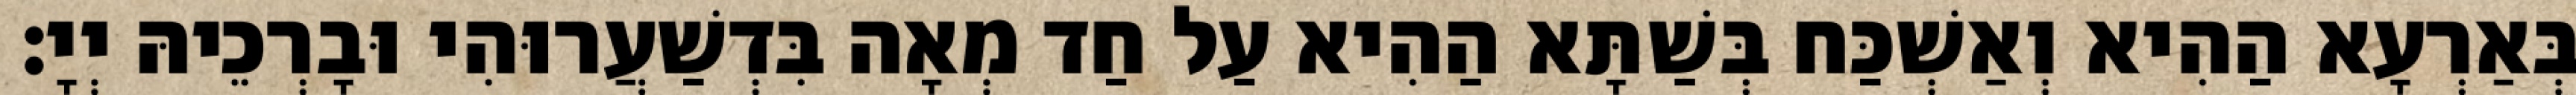
בְּאַרְעָא הַהִיא וְאַשְׁכַּח בְּשַׁתָּא הַהִיא עַל חַד מְאָה בִּדְשַׁעֲרוּהִי וּבָרְכֵיהּ יְיָ׃